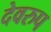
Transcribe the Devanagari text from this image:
देवरुप